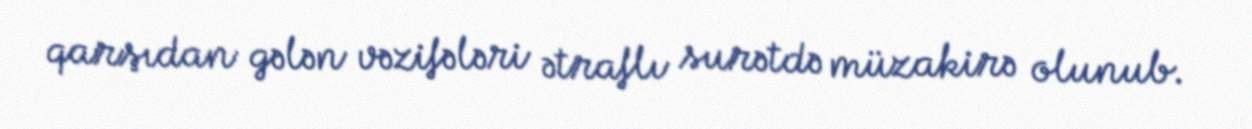
qarşıdan gələn vəzifələri ətraflı surətdə müzakirə olunub.